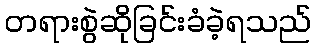
တရားစွဲဆိုခြင်းခံခဲ့ရသည်